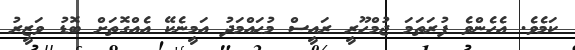
ކަމެވެ. އެހެންވެ ފުރަތަމަ ޖުމްހޫރީ ރައީސް މުޙައްމަދު އަމީނެކޭ އެއްގޮތަށް ބޮޑު ވަޒީރު